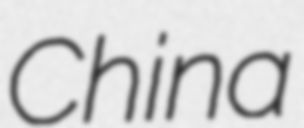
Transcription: China